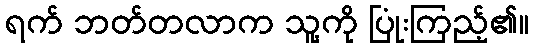
ရက် ဘတ်တလာက သူ့ကို ပြုံးကြည့်၏။